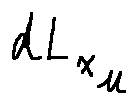
d L _ { x _ { \mu } }